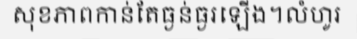
សុខភាពកាន់តែធ្ងន់ធ្ងរឡើង។លំហូរ